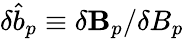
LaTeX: \delta\hat{b}_{p}\equiv\delta\mathbf{B}_{p}/\delta B_{p}